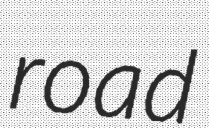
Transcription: road